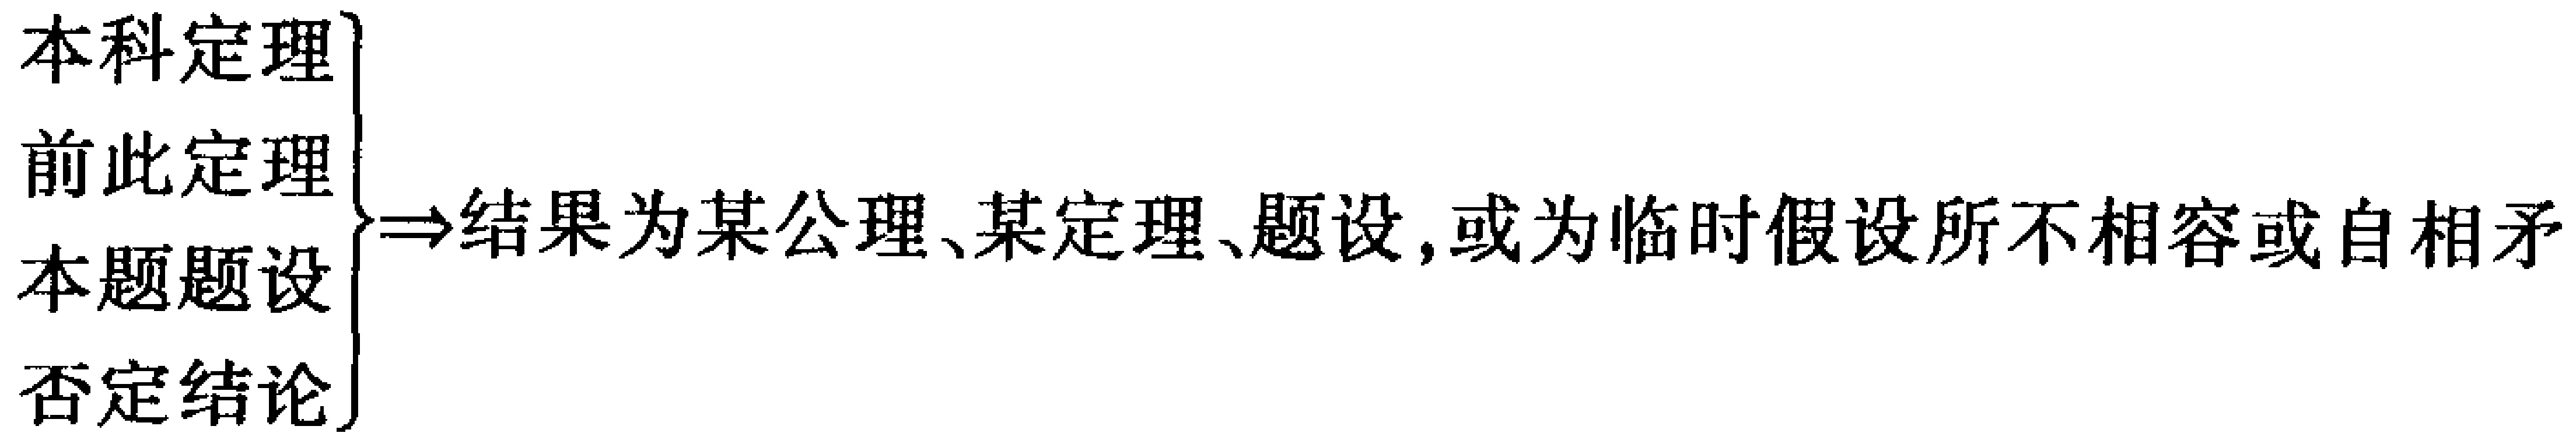
\begin{align*}
\left.\begin{array}{l}
\text{本科定理}\\
\text{前此定理}\\
\text{本题题设}\\
\text{否定结论}
\end{array}\right\}
\Rightarrow\text{结果为某公理、某定理、题设, 或为临时假设所不相容或自相矛}
\end{align*}